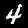
Digit: 4